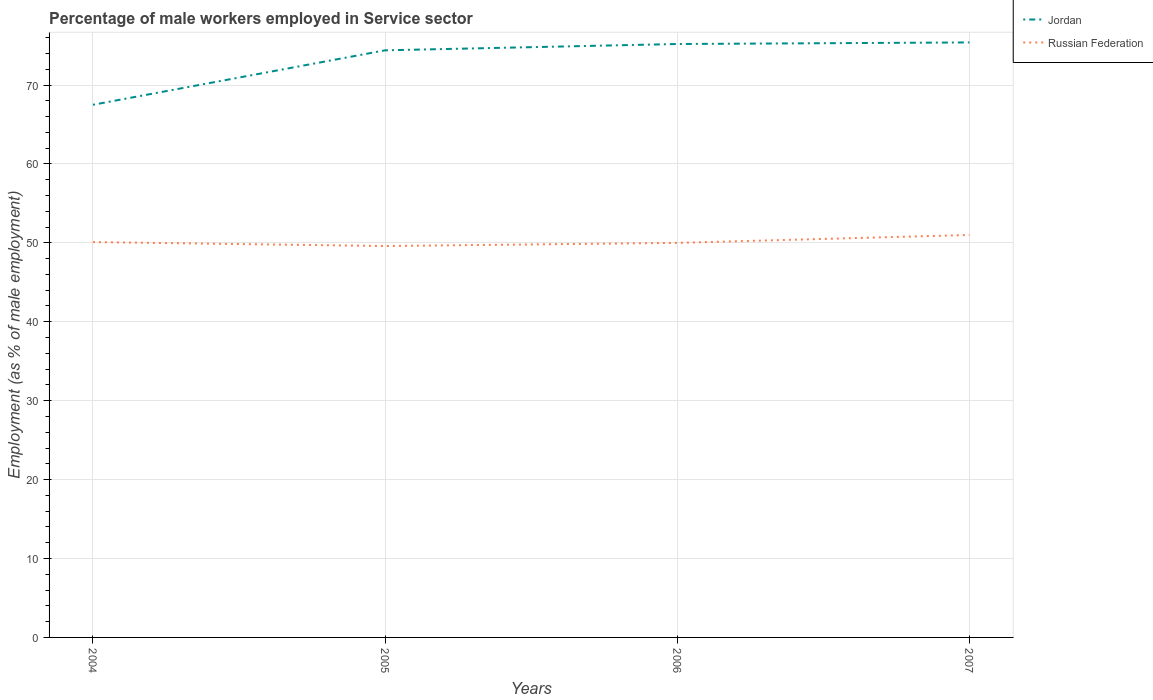
| Years | Jordan | Russian Federation |
 | --- | --- | --- |
 | 2004 | 67.5 | 50.1 |
 | 2005 | 74.4 | 49.6 |
 | 2006 | 75.2 | 50 |
 | 2007 | 75.4 | 51 |